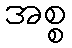
အစ္စ